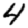
Digit: 4